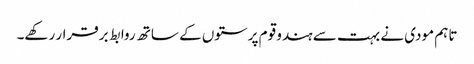
تاہم مودی نے بہت سے ہندو قوم پرستوں کے ساتھ روابط برقرار رکھے۔